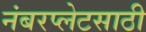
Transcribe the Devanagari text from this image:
नंबरप्लेटसाठी